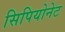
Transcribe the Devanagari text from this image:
सिपियोनेट